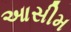
આસીમ